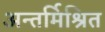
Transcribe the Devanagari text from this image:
अन्तर्मिश्रित